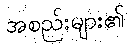
အစည်းများ၏